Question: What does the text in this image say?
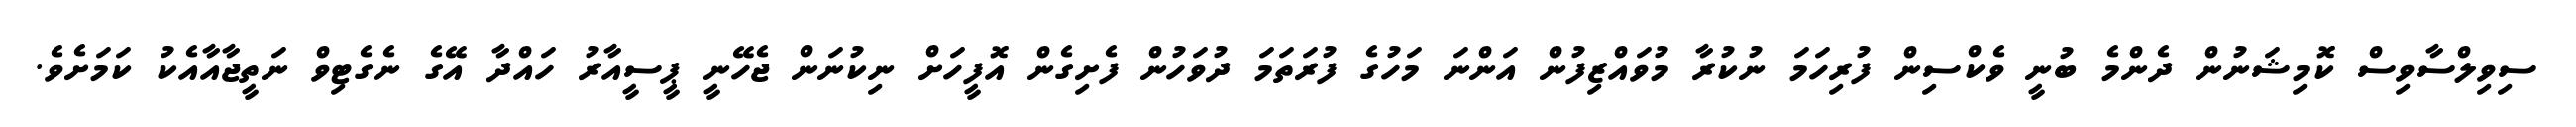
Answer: ސިވިލްސާވިސް ކޮމިޝަނުން ދެންމެ ބުނީ ވެކްސިން ފުރިހަމަ ނުކުރާ މުވައްޒިފުން އަންނަ މަހުގެ ފުރަތަމަ ދުވަހުން ފެށިގެން އޮފީހަށް ނިކުނަން ޖެހޭނީ ޕީސީއާރު ހައްދާ އޭގެ ނެގެޓިވް ނަތީޖާއާއެކު ކަމަށެވެ.